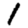
Digit: 1